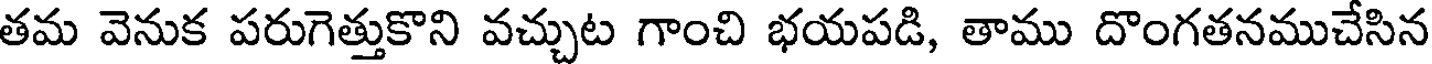
తమ వెనుక పరుగెత్తుకొని వచ్చుట గాంచి భయపడి, తాము దొంగతనముచేసిన